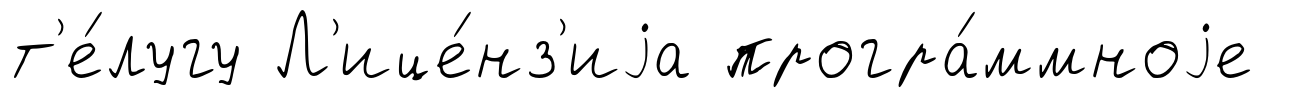
т'е́лугу Л'ице́нз'иjа програ́ммноjе